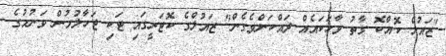
"ޒައުލް ކޮއްކޮ ގާތު ވާހަކައެއް ދައްކަންވެގެން" ޒައުލްގެ ކޮޓަރީގައި ޓަކި ޖަހާލުމުން ވަނުމުގެ